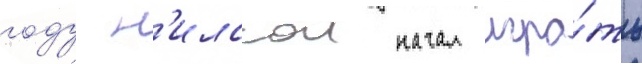
году н'илссон начал игра́ть